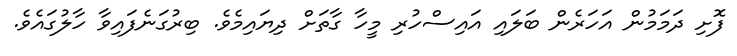
ފޮށި ދަމަމުން އަހަރެން ބަލައި އައިސްހުރި މީހާ ގާތަށް ދިޔައިމެވެ. ބިރުގަނެފައިވާ ހާލުގައެވެ.